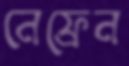
নেফ্রেন